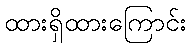
ထားရှိထားကြောင်း